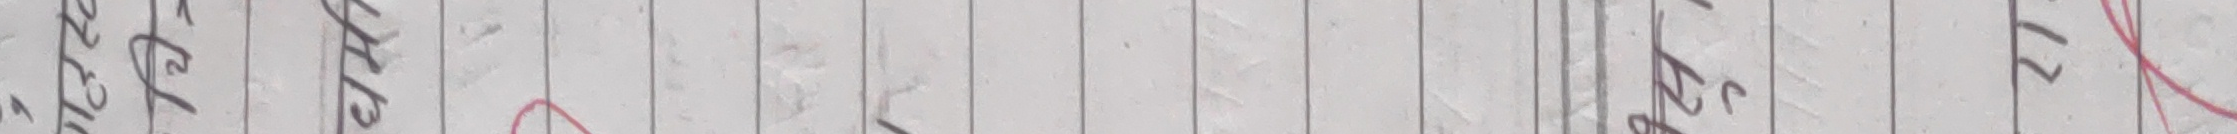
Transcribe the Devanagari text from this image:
३८ चेल्सी ३४